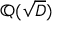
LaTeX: \mathbb { Q } ( { \sqrt { D } } )